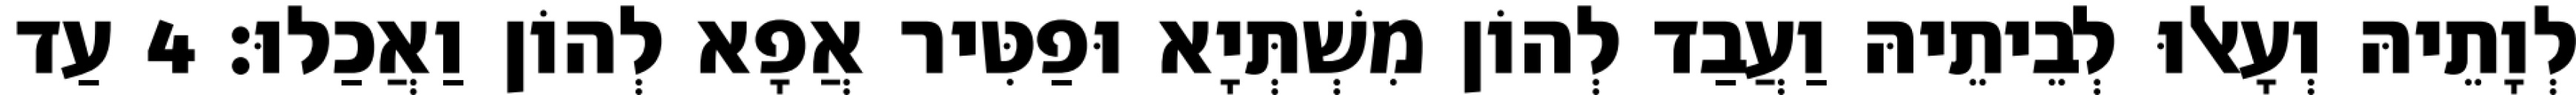
לְוָתֵיהּ וְעָאלוּ לְבֵיתֵיהּ וַעֲבַד לְהוֹן מִשְׁתְּיָא וּפַטִּיר אֲפָא לְהוֹן וַאֲכַלוּ׃ 4 עַד